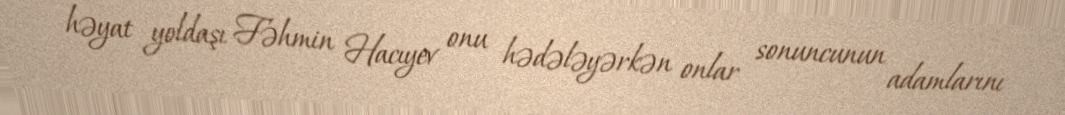
həyat yoldaşı Fəhmin Hacıyev onu hədələyərkən onlar sonuncunun adamlarını